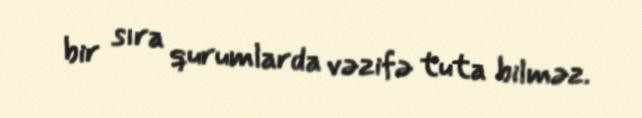
bir sıra qurumlarda vəzifə tuta bilməz.